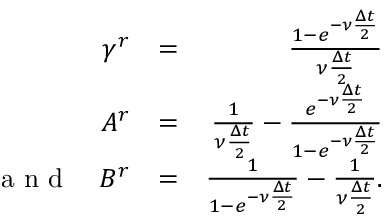
\begin{array} { r l r } { \gamma ^ { r } } & { = } & { \frac { 1 - e ^ { - \nu \frac { \Delta t } { 2 } } } { \nu \frac { \Delta t } { 2 } } } \\ { A ^ { r } } & { = } & { \frac { 1 } { \nu \frac { \Delta t } { 2 } } - \frac { e ^ { - \nu \frac { \Delta t } { 2 } } } { 1 - e ^ { - \nu \frac { \Delta t } { 2 } } } } \\ { \textrm { a n d } \quad B ^ { r } } & { = } & { \frac { 1 } { 1 - e ^ { - \nu \frac { \Delta t } { 2 } } } - \frac { 1 } { \nu \frac { \Delta t } { 2 } } . } \end{array}